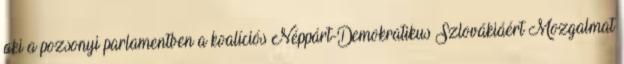
aki a pozsonyi parlamentben a koalíciós Néppárt-Demokratikus Szlovákiáért Mozgalmat